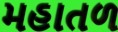
મહાતળ